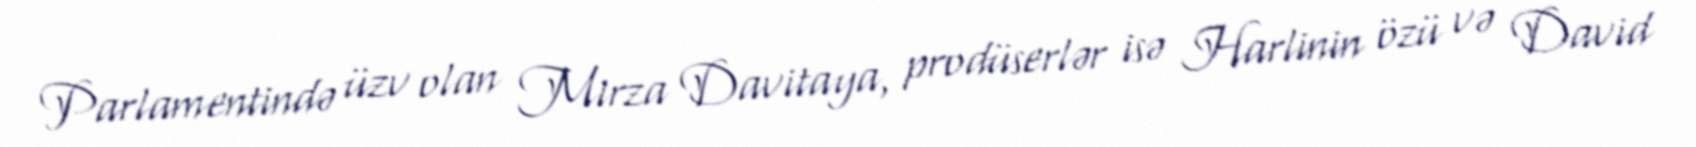
Parlamentində üzv olan Mirza Davitaya, prodüserlər isə Harlinin özü və David